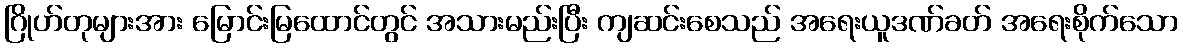
ဂြိုဟ်တုများအား မြောင်းမြထောင်တွင် အသားမည်းပြီး ကျဆင်းစေသည် အရေးယူဒဏ်ခတ် အရေးစိုက်သော